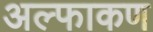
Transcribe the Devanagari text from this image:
अल्फाकण